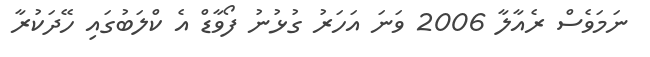
ނަމަވެސް ރެއާލާ 2006 ވަނަ އަހަރު ގުޅުނު ފޯވާޑް އެ ކްލަބުގައި ހޭދަކުރާ